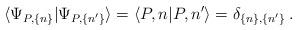
LaTeX: \begin{align*}\langle\Psi_{P,\{n\}}|\Psi_{P,\{n'\}}\rangle=\langle P,n|P,n'\rangle=\delta_{\{n\},\{n'\}}\:.\end{align*}